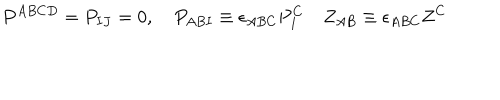
P ^ { A B C D } = P _ { I J } = 0 , \quad P _ { A B I } \equiv \epsilon _ { A B C } P _ { I } ^ { C } \quad Z _ { A B } \equiv \epsilon _ { A B C } Z ^ { C }